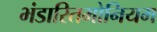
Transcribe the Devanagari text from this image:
भंडारितमोनियम